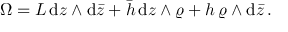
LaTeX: \Omega = { \cal L } \, \mathrm { d } z \wedge \mathrm { d } \bar { z } + \bar { h } \, \mathrm { d } z \wedge \varrho + h \, \varrho \wedge \mathrm { d } \bar { z } \, .